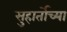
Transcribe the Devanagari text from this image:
सुहार्तोच्या